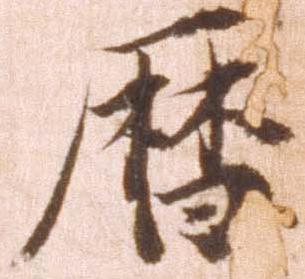
暦